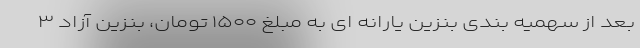
بعد از سهمیه بندی بنزین یارانه ای به مبلغ ۱۵۰۰ تومان، بنزین آزاد ۳